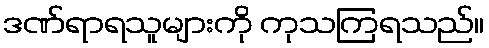
ဒဏ်ရာရသူများကို ကုသကြရသည်။